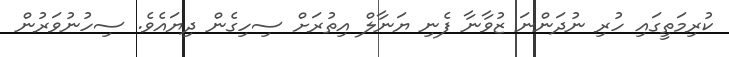
ކުރިމަތީގައި ހުރި ނުދަންނަ ޒުވާނާ ފެނި ޔަނާލް އިތުރަށް ސިހިގެން ދިޔައެވެ. ސިހުނުވަރުން